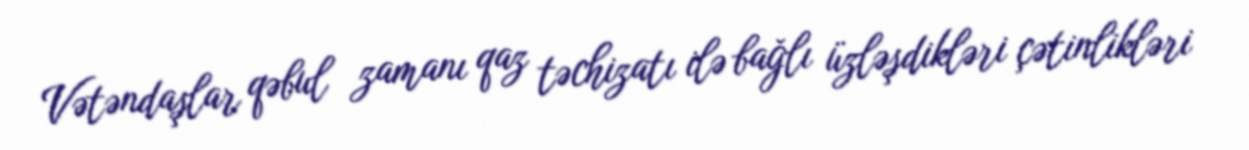
Vətəndaşlar qəbul zamanı qaz təchizatı ilə bağlı üzləşdikləri çətinlikləri